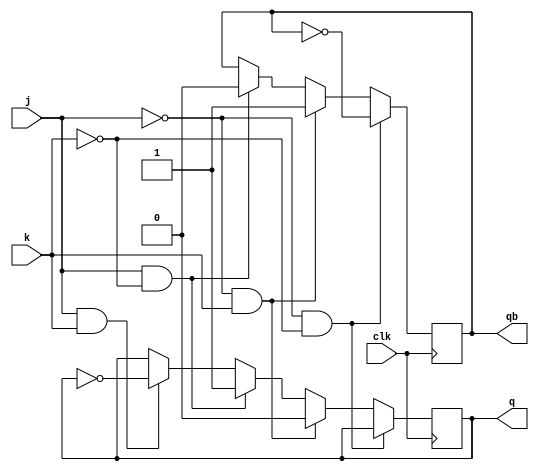
`timescale 1ns / 1ps

module jk_ff(
    output reg q,
    output reg qb,
    input j,
    input k,
    input clk
);
    initial begin
        q = 0;
        qb = 1;
    end
    
    always @(posedge clk) begin
        if (j == 0 && k == 0) begin
            q <= q;
            qb <= ~qb;
        end
        else if (j == 0 && k == 1) begin
            q <= 0;
            qb <= 1;
        end
        else if (j == 1 && k == 0) begin
            q <= 1;
            qb <= 0;
        end
        else if (j == 1 && k == 1) begin
            q <= ~q;
            qb <= qb;
        end
    end
endmodule

module T_by_jk(
    output q,
    output qbar,
    input T,
    input clk
);
    jk_ff jk_ff_1(q, qbar, T, T, clk);
endmodule